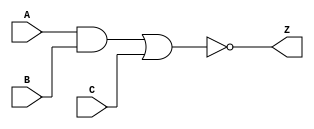
module AO6P(A,B,C,Z);

// I/O declaration
input A,B,C;
output Z;

//Internal signals
wire TMP;

//Describing operations using built-in-primitives
and (TMP,A,B);
nor (Z,TMP,C);

//Specifying delays
specify
specparam
BEST_RISE=0.29, BEST_FALL=0.07,
TYP_RISE=1.075, TYP_FALL=0.245,
WORST_RISE=1.86, WORST_FALL=0.42;
//Rise time and fall time in full connection  with Best, Typical and worst conditions
(A, B, C *> Z) = (BEST_RISE:TYP_RISE:WORST_RISE,BEST_FALL:TYP_FALL:WORST_FALL);
endspecify
endmodule